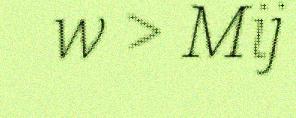
w > Mij